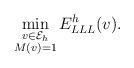
LaTeX: \begin{align*}\min_{\substack{v \in \mathcal{E}_h \\ M(v) =1}} E^{h}_{LLL}(v).\end{align*}